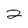
Character: 2